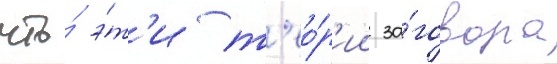
что́ э́т'и т'ео́р'ии за́говора